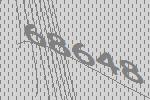
68648